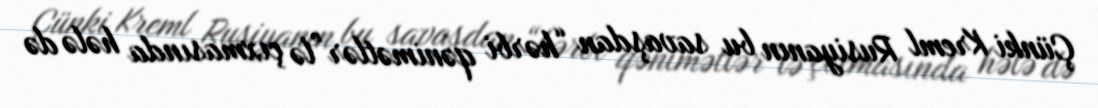
Çünki Kreml Rusiyanın bu savaşdan “hərbi qənimətlər”lə çıxmasında hələ də